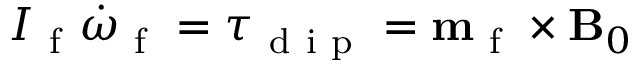
I _ { \mathrm { ~ f ~ } } \boldsymbol { \dot { \omega } } _ { \mathrm { ~ f ~ } } = \boldsymbol { \tau } _ { \mathrm { ~ d ~ i ~ p ~ } } = \mathbf { m } _ { \mathrm { ~ f ~ } } \times \mathbf { B } _ { 0 }